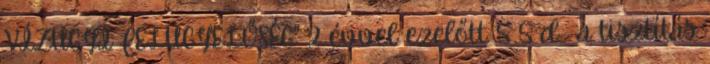
VÍZÜGYI FELÜGYELŐSÉG" 2 évvel ezelőtt 5 5 d. a tisztítás